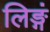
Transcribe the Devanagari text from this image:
लिङ्गं